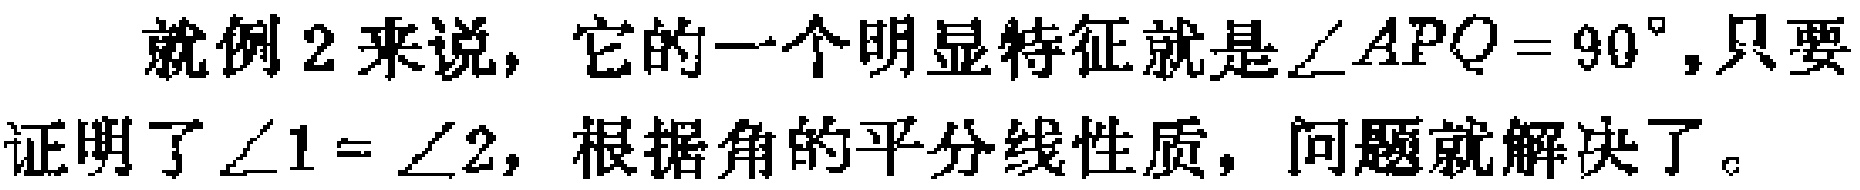
就例2来说，它的一个明显特征就是$\angle APQ = 90^{\circ}$，只要证明了$\angle 1 = \angle 2$，根据角的平分线性质，问题就解决了。